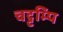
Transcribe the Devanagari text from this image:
चट्टम्पि